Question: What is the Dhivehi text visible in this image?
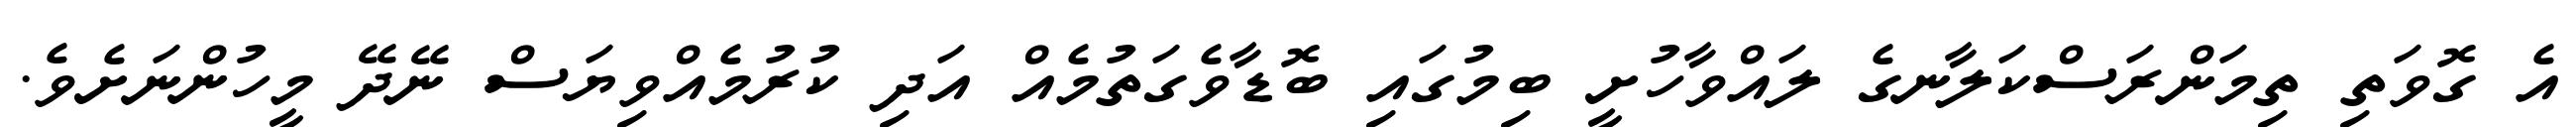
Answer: އެ ގޮވަތި ތިމަންރަސްކަލާނގެ ލައްވާހުށީ ބިމުގައި ބޮޑާވެގަތުމެއް އަދި ކުރުމެއްވިޔަސް ނޭދޭ މީހުންނަށެވެ.